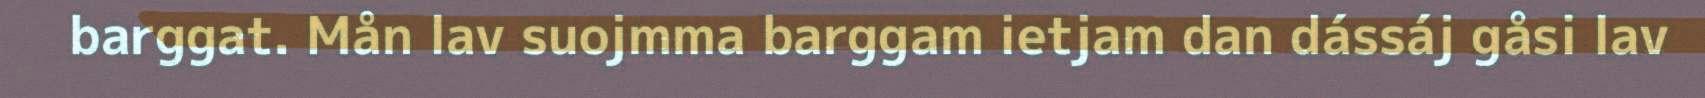
barggat. Mån lav suojmma barggam ietjam dan dássáj gåsi lav